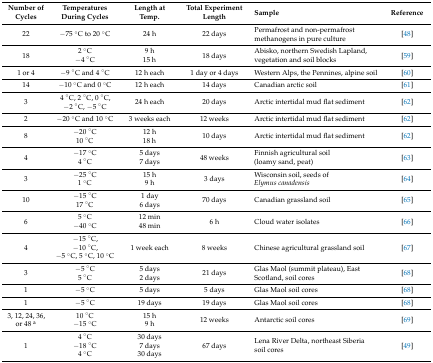
<table><thead><tr><td><b>Number of Cycles</b></td><td><b>Temperatures During Cycles</b></td><td><b>Length at Temp.</b></td><td><b>Total Experiment Length</b></td><td><b>Sample</b></td><td><b>Reference</b></td></tr></thead><tbody><tr><td>22</td><td>−75 °C to 20 °C</td><td>24 h</td><td>22 days</td><td>Permafrost and non-permafrost methanogens in pure culture</td><td>[48]</td></tr><tr><td>18</td><td>2 °C−4 °C</td><td>9 h15 h</td><td>18 days</td><td>Abisko, northern Swedish Lapland, vegetation and soil blocks</td><td>[59]</td></tr><tr><td>1 or 4</td><td>−9 °C and 4 °C</td><td>12 h each</td><td>1 day or 4 days</td><td>Western Alps, the Pennines, alpine soil</td><td>[60]</td></tr><tr><td>14</td><td>−10 °C and 0 °C</td><td>12 h each</td><td>14 days</td><td>Canadian arctic soil</td><td>[61]</td></tr><tr><td>3</td><td>4 °C, 2 °C, 0 °C, −2 °C, −5 °C</td><td>24 h each</td><td>20 days</td><td>Arctic intertidal mud flat sediment</td><td>[62]</td></tr><tr><td>2</td><td>−20 °C and 10 °C</td><td>3 weeks each</td><td>12 weeks</td><td>Arctic intertidal mud flat sediment</td><td>[62]</td></tr><tr><td>8</td><td>−20 °C10 °C</td><td>12 h18 h</td><td>10 days</td><td>Arctic intertidal mud flat sediment</td><td>[62]</td></tr><tr><td>4</td><td>−17 °C4 °C</td><td>5 days7 days</td><td>48 weeks</td><td>Finnish agricultural soil (loamy sand, peat)</td><td>[63]</td></tr><tr><td>3</td><td>−25 °C1 °C</td><td>15 h9 h</td><td>3 days</td><td>Wisconsin soil, seeds of <i>Elymus canadensis</i></td><td>[64]</td></tr><tr><td>10</td><td>−15 °C17 °C</td><td>1 day6 days</td><td>70 days</td><td>Canadian grassland soil</td><td>[65]</td></tr><tr><td>6</td><td>5 °C−40 °C</td><td>12 min48 min</td><td>6 h</td><td>Cloud water isolates</td><td>[66]</td></tr><tr><td>4</td><td>−15 °C,−10 °C,−5 °C, 5 °C, 10 °C</td><td>1 week each</td><td>8 weeks</td><td>Chinese agricultural grassland soil</td><td>[67]</td></tr><tr><td>3</td><td>−5 °C5 °C</td><td>5 days2 days</td><td>21 days</td><td>Glas Maol (summit plateau), East Scotland, soil cores</td><td>[68]</td></tr><tr><td>1</td><td>−5 °C</td><td>5 days</td><td>5 days</td><td>Glas Maol soil cores</td><td>[68]</td></tr><tr><td>1</td><td>−5 °C</td><td>19 days</td><td>19 days</td><td>Glas Maol soil cores</td><td>[68]</td></tr><tr><td>3, 12, 24, 36, or 48 <sup>a</sup></td><td>10 °C−15 °C</td><td>15 h9 h</td><td>12 weeks</td><td>Antarctic soil cores</td><td>[69]</td></tr><tr><td>1</td><td>4 °C−18 °C4 °C</td><td>30 days7 days30 days</td><td>67 days</td><td>Lena River Delta, northeast Siberia soil cores</td><td>[49]</td></tr></tbody></table>